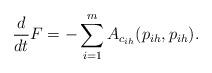
LaTeX: \begin{align*}\frac{d}{dt} F&= - \sum_{i=1}^m A_{c_{ih}}(p_{ih}, p_{ih}).\end{align*}